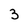
Character: 3